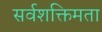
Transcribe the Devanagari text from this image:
सर्वशक्तिमता